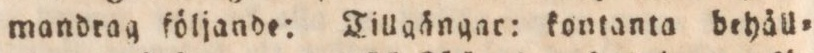
mandrag följande: Tillgångar: kontanta behåll=